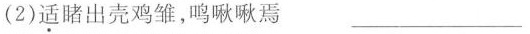
(2)\underset{·}{适}睹出壳鸡雏，鸣啾啾焉 ___